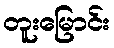
တူးမြောင်း